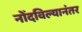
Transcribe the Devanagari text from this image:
नोंदविल्यानंतर